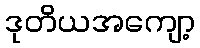
ဒုတိယအကျော့